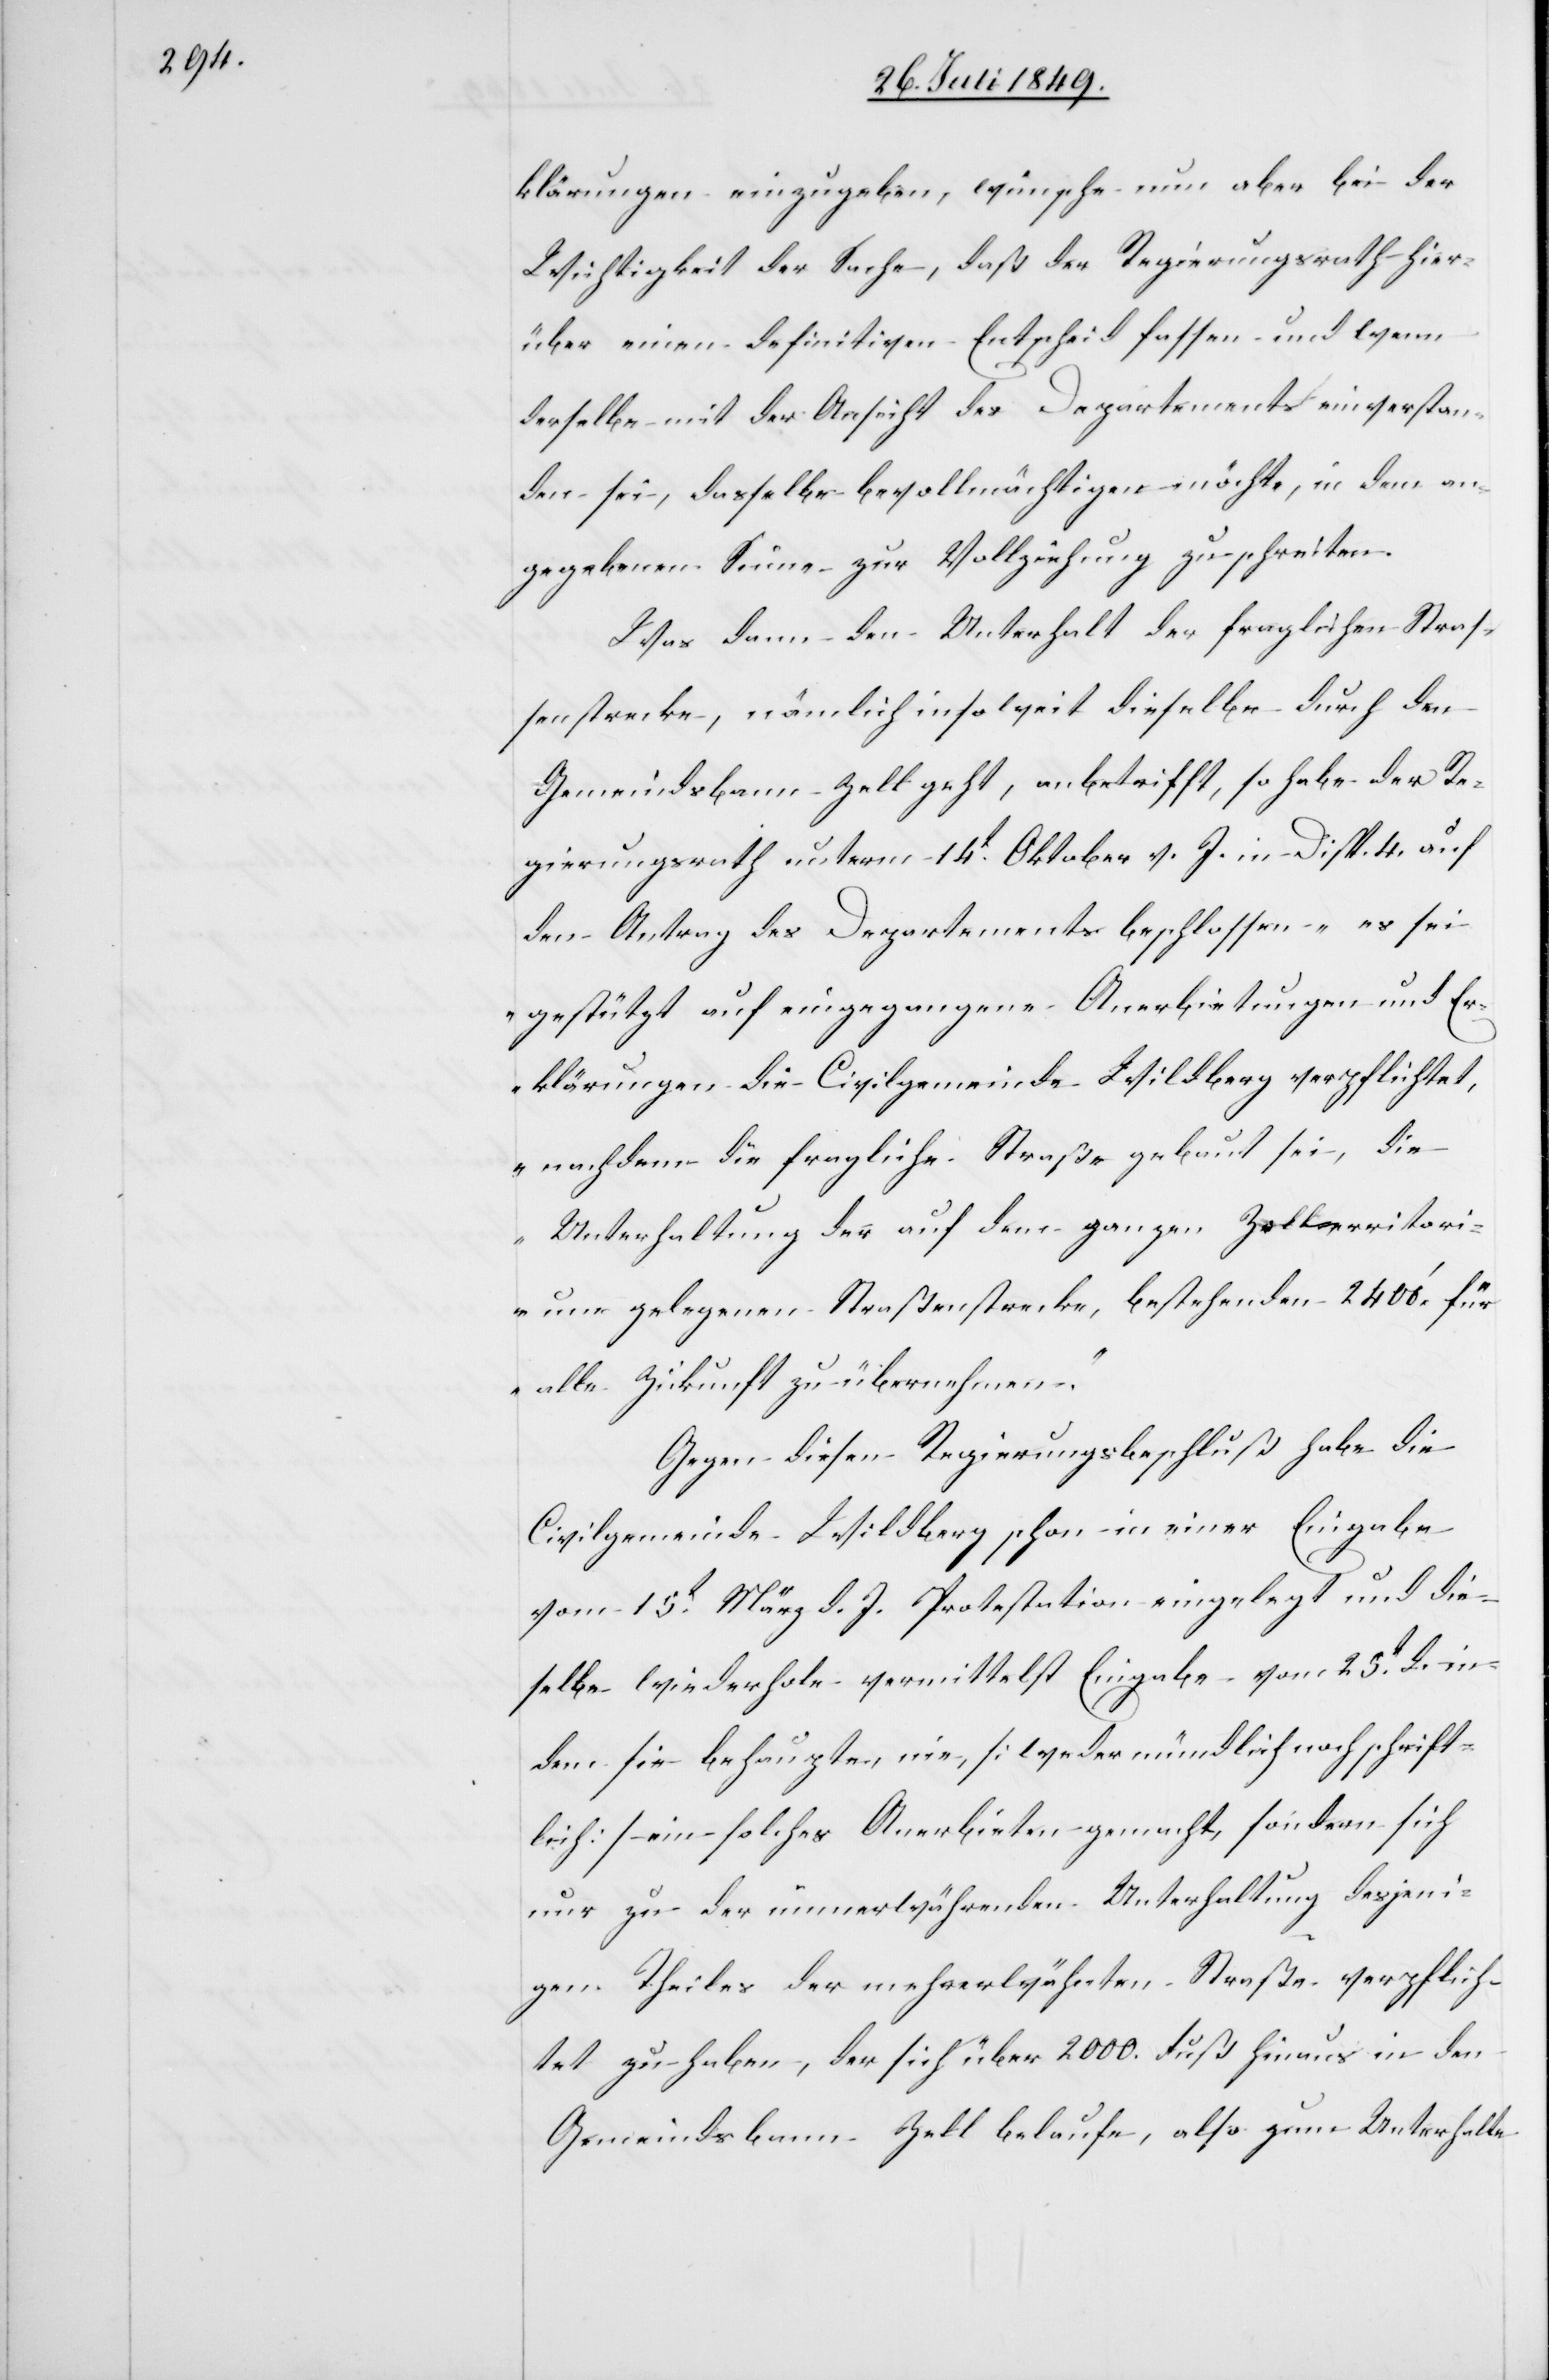
klärungen einzugeben, wünsche nun aber bei der
Wichtigkeit der Sache, daß der Regierungsrath hier¬
über einen definitiven Entscheid fassen und wenn
derselbe mit der Ansicht des Departements einverstan¬
den sei, dasselbe bevollmächtigen möchte, in dem an¬
gegebenen Sinne zur Vollziehung zu schreiten.
Was dann den Unterhalt der fraglichen Stras¬
senstrecke, nämlich insoweit dieselbe durch den
Gemeindsbann Zell geht, anbetrifft, so habe der Re¬
gierungsrath unterm 14t Oktober v. J. in Disp. 4. auf
den Antrag des Departements beschlossen „es sei
gestützt auf eingegangene Anerbietungen und Er¬
klärungen die Civilgemeinde Wildberg verpflichtet,
nachdem die fragliche Straße gebaut sei, die
Unterhaltung der auf dem ganzen Zell[t]erritori¬
um gelegenen Straßenstrecke, bestehenden 2 400‘. für
alle Zukunft zu übernehmen“.
Gegen diesen Regierungsbeschluß habe die
Civilgemeinde Wildberg schon in einer Eingabe
vom 15t März d. J. Protestation eingelegt und die¬
selbe wiederhole vermittelst Eingabe vom 25t d. in
dem sie behaupten, nie [weder mündlich noch schrift¬
lich] ein solches Anerbieten gemacht, sondern sich
nur zu der immerwährenden Unterhaltung desjeni¬
gen Theiles der mehrerwähnten Straße verpflich¬
tet zu haben, der sich über 2 000. Fuß hinaus in den
Gemeindsbann Zell belaufe, also zum Unterhalte